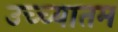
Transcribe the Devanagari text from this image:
उच्च्यातम